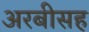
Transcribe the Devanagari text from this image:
अरबीसह